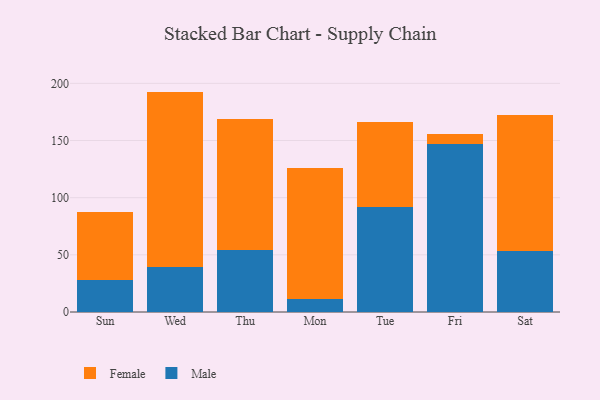
{"axis": {"x": "Day", "y": "Budget (USD K)"}, "legend": ["Female", "Male"], "data": [{"x": "Sun", "y": 28.1, "type": "Male"}, {"x": "Sun", "y": 59.8, "type": "Female"}, {"x": "Wed", "y": 39.7, "type": "Male"}, {"x": "Wed", "y": 153.1, "type": "Female"}, {"x": "Thu", "y": 54.5, "type": "Male"}, {"x": "Thu", "y": 114.6, "type": "Female"}, {"x": "Mon", "y": 11.4, "type": "Male"}, {"x": "Mon", "y": 114.4, "type": "Female"}, {"x": "Tue", "y": 91.9, "type": "Male"}, {"x": "Tue", "y": 74.2, "type": "Female"}, {"x": "Fri", "y": 147.0, "type": "Male"}, {"x": "Fri", "y": 8.8, "type": "Female"}, {"x": "Sat", "y": 53.1, "type": "Male"}, {"x": "Sat", "y": 118.9, "type": "Female"}]}